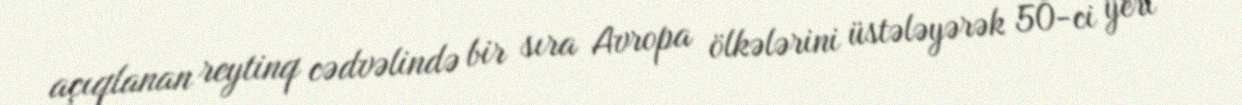
açıqlanan reytinq cədvəlində bir sıra Avropa ölkələrini üstələyərək 50-ci yeri